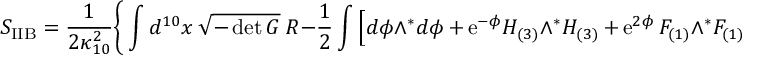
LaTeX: S _ { \mathrm { I I B } } = \frac { 1 } { 2 \kappa _ { 1 0 } ^ { 2 } } \Bigg \{ \int d ^ { 1 0 } x ~ \sqrt { - \operatorname * { d e t } G } ~ R - \frac { 1 } { 2 } \int \Big [ d \phi \wedge { } ^ { * } d \phi \, + \, \mathrm { e } ^ { - \phi } H _ { ( 3 ) } \wedge { } ^ { * } H _ { ( 3 ) } \, + \, \mathrm { e } ^ { 2 \phi } \, F _ { ( 1 ) } \wedge { } ^ { * } F _ { ( 1 ) }